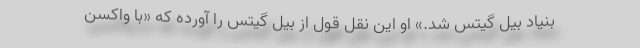
بنیاد بیل گیتس شد.» او این نقل قول از بیل گیتس را آورده که «با واکسن